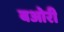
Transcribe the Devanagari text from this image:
बओरी